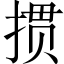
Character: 掼